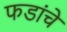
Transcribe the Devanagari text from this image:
फडांचे